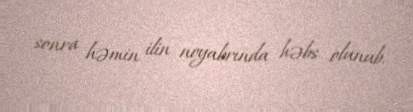
sonra həmin ilin noyabrında həbs olunub.